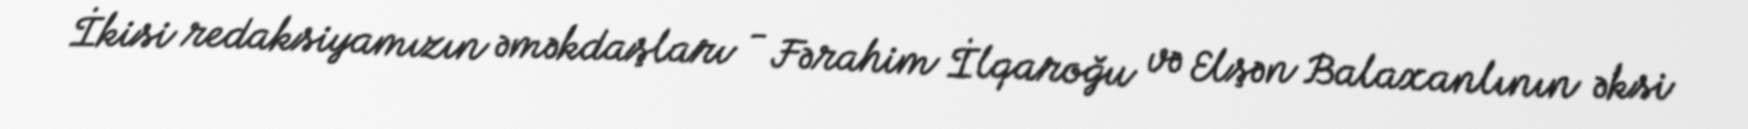
İkisi redaksiyamızın əməkdaşları - Fərahim İlqaroğu və Elşən Balaxanlının əksi